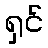
ရှင်